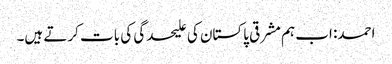
احمد: اب ہم مشرقی پاکستان کی علیحدگی کی بات کرتے ہیں۔